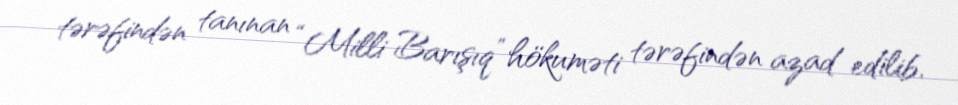
tərəfindən tanınan “Milli Barışıq” hökuməti tərəfindən azad edilib.